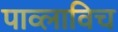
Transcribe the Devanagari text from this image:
पाव्लाविच